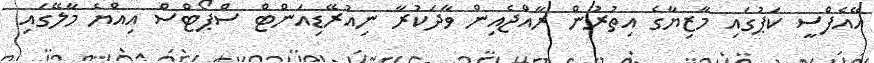
އޭއެފްސީ ކަޕުގައި މާޒިޔާގެ އިތުރުން ރާއްޖެއިން ވާދަކުރާ ނިއުރޭޑިއަންޓް ސްޕޯޓްސް އިއްޔެ މާލޭގައި